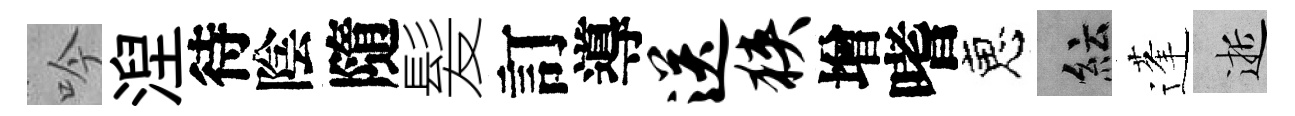
吟湼待陰隨髪訂導送狭增嗜恵紜蓬逝